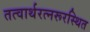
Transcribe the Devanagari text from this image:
तत्वार्थरत्नरूरस्थित